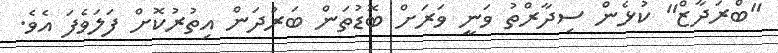
"ބްރަދާޒް" ކުޅެން ސިދާރްތު ވަނީ ވަރަށް ބޮޑުތަން ބަރުދަން އިތުރުކޮށް ފަލަވެފަ އެވެ.